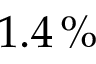
1 . 4 \, \%